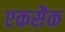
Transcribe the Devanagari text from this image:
एकसैक